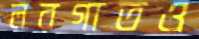
লরগাতও